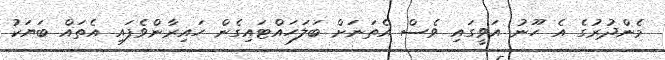
މެންދުރުގެ އެ ހޫނު އަވީގައި ވެސް އެތަނަށް ބަލަހައްޓައިގެން ހައިރާންވެފައި އެތައް ބަޔަކު